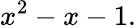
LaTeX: x^{2}-x-1.